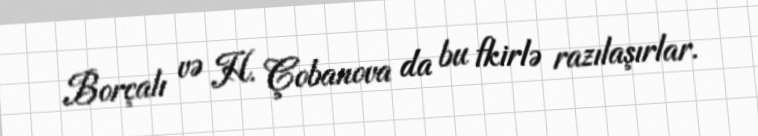
Borçalı və H. Çobanova da bu fkirlə razılaşırlar.